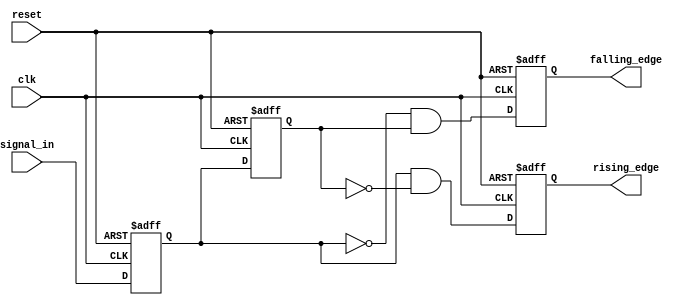
module glitch_free_edge_detector (
    input wire clk,              // Clock signal
    input wire reset,            // Asynchronous reset
    input wire signal_in,        // Input signal to detect edges
    output reg rising_edge,      // Output signal for rising edge detection
    output reg falling_edge      // Output signal for falling edge detection
);

    // Memory blocks to store current and previous states
    reg signal_current;          // Current state of the input signal
    reg signal_previous;         // Previous state of the input signal

    // Edge detection logic
    always @(posedge clk or posedge reset) begin
        if (reset) begin
            // Initialize memory blocks on reset
            signal_current <= 1'b0;
            signal_previous <= 1'b0;
            rising_edge <= 1'b0;
            falling_edge <= 1'b0;
        end else begin
            // Store the previous state before updating current state
            signal_previous <= signal_current;
            signal_current <= signal_in;

            // Edge detection logic
            rising_edge <= (signal_current && ~signal_previous);  // Rising edge detected
            falling_edge <= (~signal_current && signal_previous); // Falling edge detected
        end
    end

endmodule